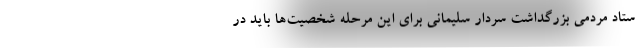
ستاد مردمی بزرگداشت سردار سلیمانی برای این مرحله شخصیت‌ها باید در